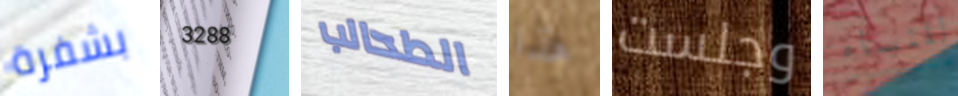
بشفرة 3288 الطحالب هذا وجلست للنساء